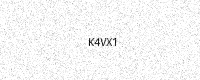
Text: K4VX1